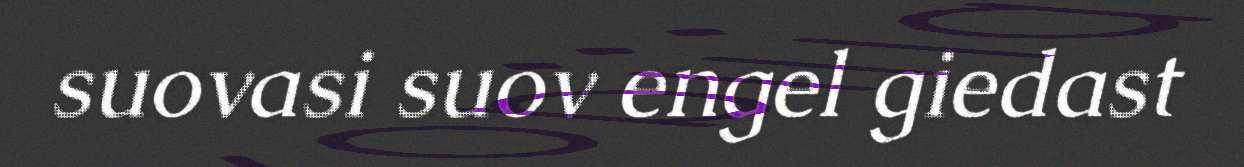
suovasi suov engel giedast